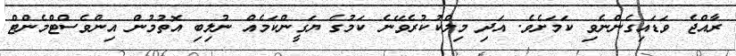
ރާއްޖެ ވަޑައިގެންނެވި ކަމަށެވެ. އަދި މިލްކުކުރެވޭނެ ކަމުގެ ޔަގީންކަމެއް ނުލިބި އޮތުމުން އިންވެސްޓްމެންޓް